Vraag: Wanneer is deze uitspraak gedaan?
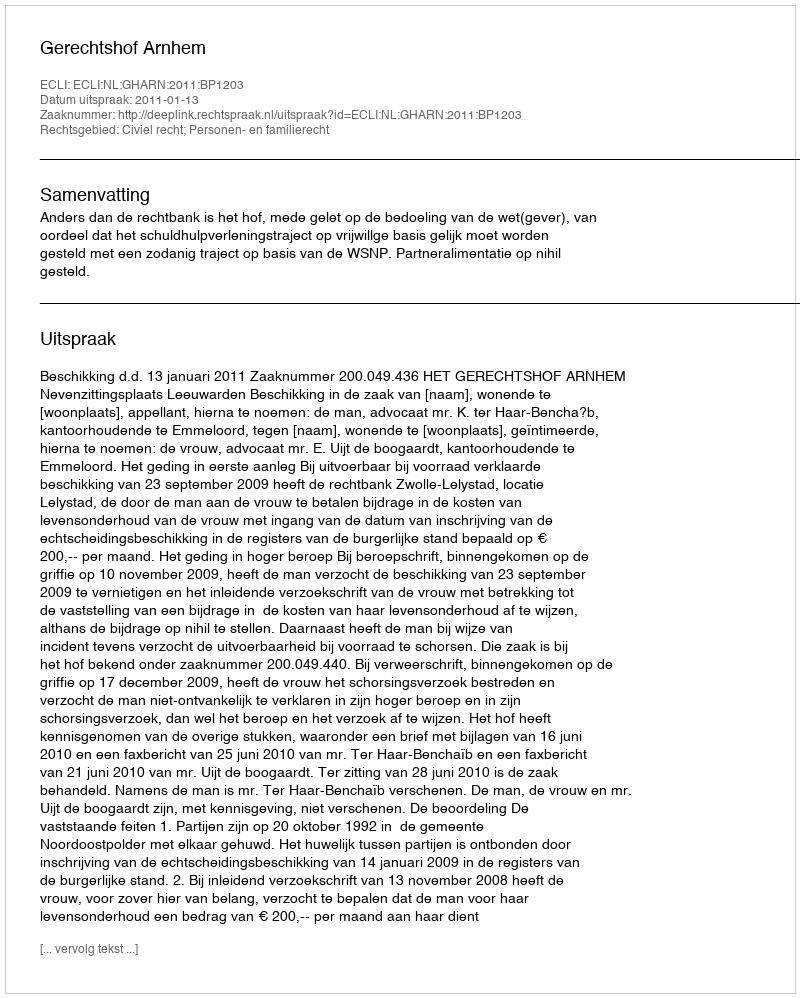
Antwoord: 2011-01-13